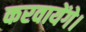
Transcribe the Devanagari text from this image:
करवायेंगे।